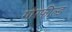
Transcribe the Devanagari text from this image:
गोरफील्ड